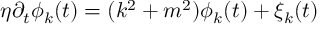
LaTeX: \eta \partial _ { t } \phi _ { k } ( t ) = ( k ^ { 2 } + m ^ { 2 } ) \phi _ { k } ( t ) + \xi _ { k } ( t )